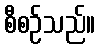
စီစဉ်သည်။